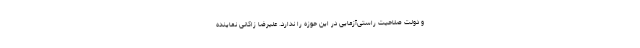
و دولت صلاحیت راستی‌آزمایی در این حوزه را ندارد. علیرضا زاکانی نماینده